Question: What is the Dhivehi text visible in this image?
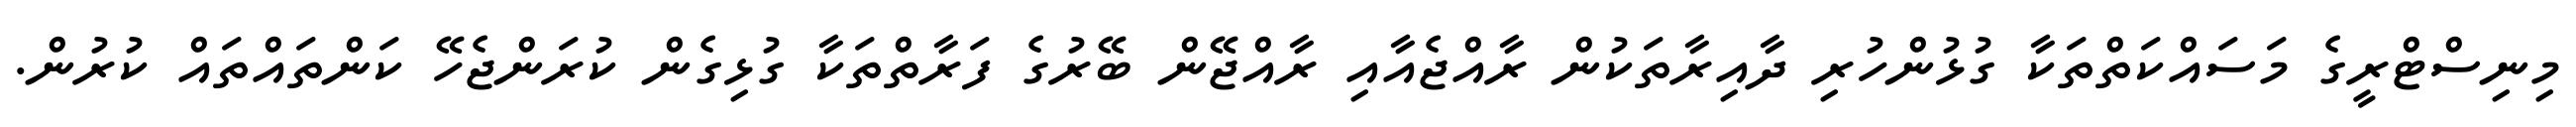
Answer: މިނިސްޓްރީގެ މަސައްކަތްތަކާ ގުޅުންހުރި ދާއިރާތަކުން ރާއްޖެއާއި ރާއްޖޭން ބޭރުގެ ފަރާތްތަކާ ގުޅިގެން ކުރަންޖެހޭ ކަންތައްތައް ކުރުން.